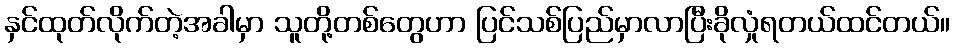
နှင်ထုတ်လိုက်တဲ့အခါမှာ သူတို့တစ်တွေဟာ ပြင်သစ်ပြည်မှာလာပြီးခိုလှုံရတယ်ထင်တယ်။